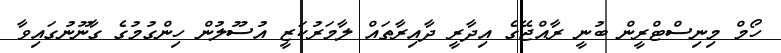
ހޯމް މިނިސްޓްރީން ބުނީ ރާއްޖޭގެ އިދާރީ ދާއިރާތައް ލާމަރުކަޒީ އުސޫލުން ހިންގުމުގެ ގާނޫނުގައިވާ